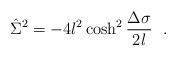
LaTeX: \begin{align*}\hat{\Sigma}^2=-4l^2\cosh^2{\Delta\sigma \over 2l}~~.\end{align*}